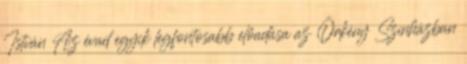
István Az évad egyik legfontosabb előadása az Örkény Színházban